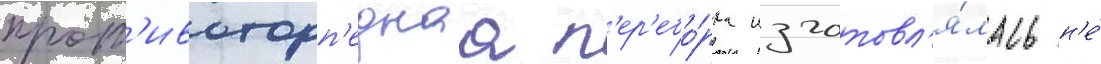
прот'ивоторп'еднаа п'ер'ебо́рка изготовл'я́лась н'е́